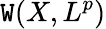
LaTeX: \mathtt{W}(X,L^{p})